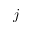
j